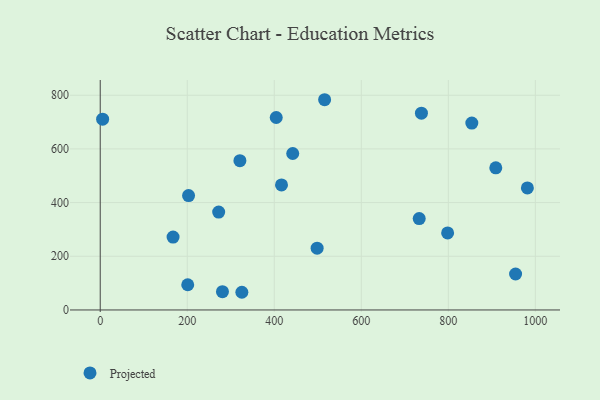
{"axis": {"x": "Study Hours", "y": "Rating"}, "legend": ["Projected"], "data": [{"x": "404.5", "y": 717.1, "type": "Projected"}, {"x": "515.7", "y": 783.3, "type": "Projected"}, {"x": "272.2", "y": 364.8, "type": "Projected"}, {"x": "954.6", "y": 133.9, "type": "Projected"}, {"x": "981.7", "y": 454.7, "type": "Projected"}, {"x": "203.0", "y": 426.3, "type": "Projected"}, {"x": "442.4", "y": 583.0, "type": "Projected"}, {"x": "798.4", "y": 287.0, "type": "Projected"}, {"x": "167.4", "y": 271.4, "type": "Projected"}, {"x": "325.5", "y": 65.9, "type": "Projected"}, {"x": "733.1", "y": 340.4, "type": "Projected"}, {"x": "416.6", "y": 466.0, "type": "Projected"}, {"x": "280.9", "y": 68.0, "type": "Projected"}, {"x": "909.1", "y": 529.6, "type": "Projected"}, {"x": "201.1", "y": 94.0, "type": "Projected"}, {"x": "498.5", "y": 230.1, "type": "Projected"}, {"x": "321.0", "y": 556.3, "type": "Projected"}, {"x": "5.5", "y": 710.7, "type": "Projected"}, {"x": "738.2", "y": 733.3, "type": "Projected"}, {"x": "854.0", "y": 696.2, "type": "Projected"}]}